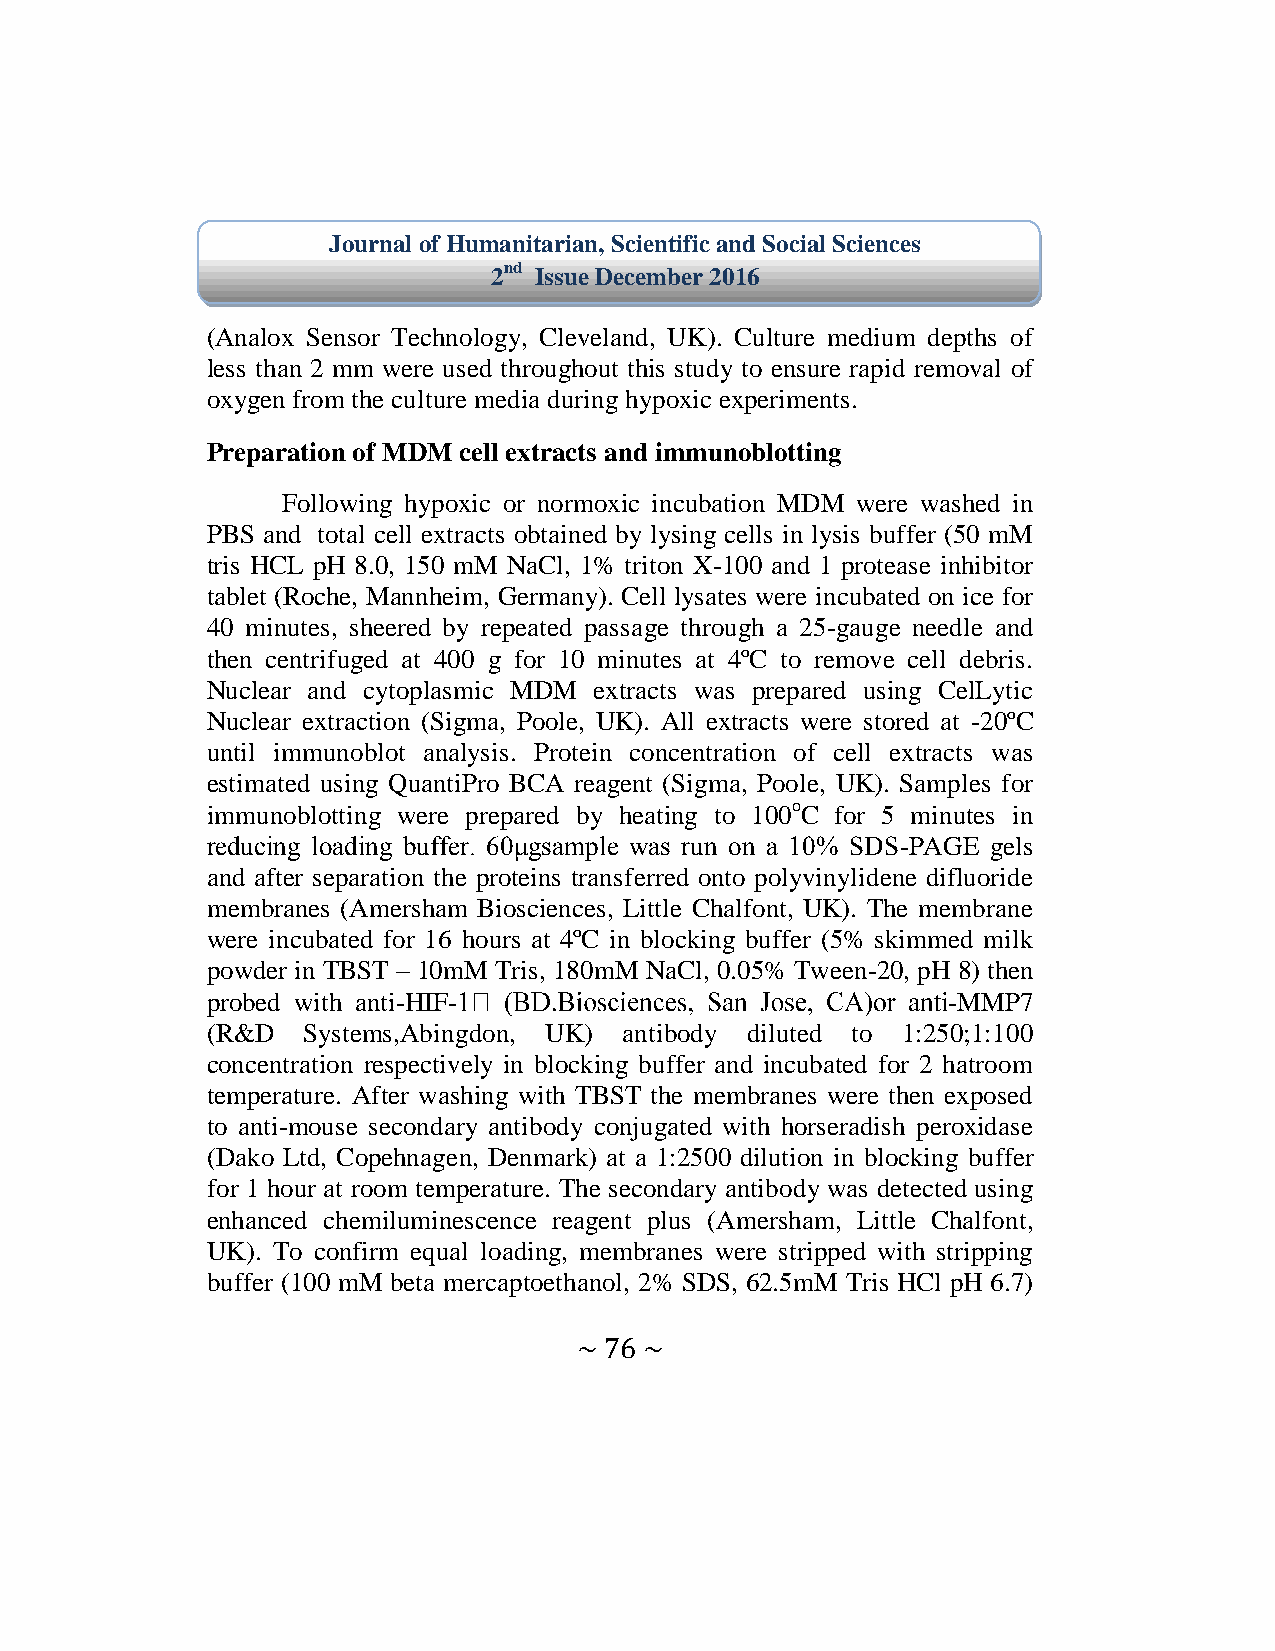
Journal of Humanitarian, Scientific and Social Sciences
 2nd Issue December 2016
 (Analox Sensor Technology, Cleveland, UK). Culture medium depths of
 less than 2 mm were used throughout this study to ensure rapid removal of
 oxygen from the culture media during hypoxic experiments.
 Preparation of MDM cell extracts and immunoblotting
 Following hypoxic or normoxic incubation MDM were washed in
 PBS and total cell extracts obtained by lysing cells in lysis buffer (50 mM
 tris HCL pH 8.0, 150 mM NaCl, 1% triton X-100 and 1 protease inhibitor
 tablet (Roche, Mannheim, Germany). Cell lysates were incubated on ice for
 40 minutes, sheered by repeated passage through a 25-gauge needle and
 then centrifuged at 400 g for 10 minutes at 4ºC to remove cell debris.
 Nuclear and cytoplasmic MDM extracts was prepared using CelLytic
 Nuclear extraction (Sigma, Poole, UK). All extracts were stored at -20ºC
 until immunoblot analysis. Protein concentration of cell extracts was
 estimated using QuantiPro BCA reagent (Sigma, Poole, UK). Samples for
 immunoblotting were prepared by heating to 100oC for 5 minutes in
 reducing loading buffer. 60μgsample was run on a 10% SDS-PAGE gels
 and after separation the proteins transferred onto polyvinylidene difluoride
 membranes (Amersham Biosciences, Little Chalfont, UK). The membrane
 were incubated for 16 hours at 4ºC in blocking buffer (5% skimmed milk
 powder in TBST – 10mM Tris, 180mM NaCl, 0.05% Tween-20, pH 8) then
 probed with anti-HIF-                            -MMP7
 (R&D  Systems,Abingdon, UK) antibody diluted to 1:250;1:100
 concentration respectively in blocking buffer and incubated for 2 hatroom
 temperature. After washing with TBST the membranes were then exposed
 to anti-mouse secondary antibody conjugated with horseradish peroxidase
 (Dako Ltd, Copehnagen, Denmark) at a 1:2500 dilution in blocking buffer
 for 1 hour at room temperature. The secondary antibody was detected using
 enhanced chemiluminescence reagent plus (Amersham, Little Chalfont,
 UK). To confirm equal loading, membranes were stripped with stripping
 buffer (100 mM beta mercaptoethanol, 2% SDS, 62.5mM Tris HCl pH 6.7)
 ~ 76 ~